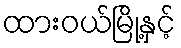
ထားဝယ်မြို့နှင့်